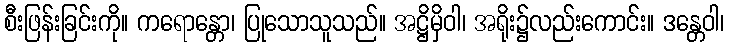
စီးဖြန်းခြင်းကို။ ကရောန္တော၊ ပြုသောသူသည်။ အဋ္ဌိမှိဝါ၊ အရိုး၌လည်းကောင်း။ ဒန္တေဝါ၊